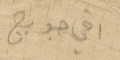
اخي جورج